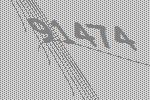
91474